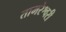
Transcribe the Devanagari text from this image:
तामरेश्वरी